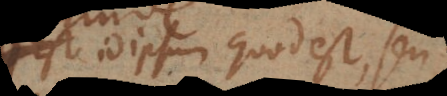
id ipsum quod est, vel